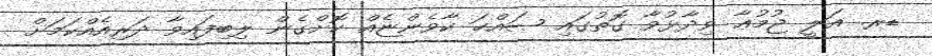
ޑރ. ޢަލީ ޖުމުޢާ ވިދާޅުވާ ގޮތުގައި ޞައްޙަ ކާވެންޏެއް ކޮށްގެން ލިބިފައިވާ ދަރިއެއްކަމަށް